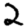
Digit: 2